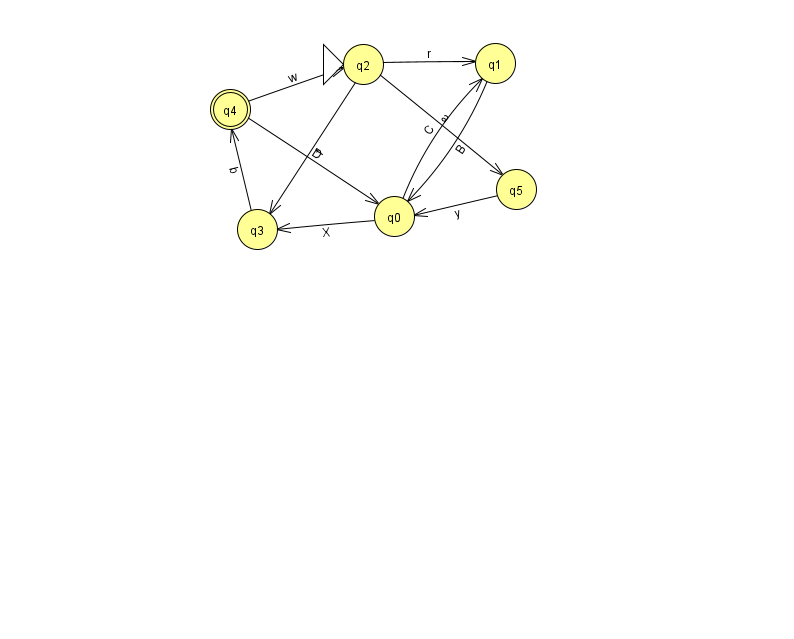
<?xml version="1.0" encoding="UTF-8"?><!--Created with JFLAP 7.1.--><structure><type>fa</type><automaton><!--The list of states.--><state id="0" name="q0"><x>394.0</x><y>203.0</y></state><state id="1" name="q1"><x>495.0</x><y>50.0</y></state><state id="2" name="q2"><x>363.0</x><y>51.0</y><initial/></state><state id="3" name="q3"><x>257.0</x><y>216.0</y></state><state id="4" name="q4"><x>230.0</x><y>96.0</y><final/></state><state id="5" name="q5"><x>516.0</x><y>176.0</y></state><!--The list of transitions.--><transition><from>0</from><to>3</to><read>X</read></transition><transition><from>2</from><to>5</to><read>a</read></transition><transition><from>3</from><to>4</to><read>b</read></transition><transition><from>2</from><to>1</to><read>r</read></transition><transition><from>2</from><to>3</to><read>f</read></transition><transition><from>4</from><to>0</to><read>D</read></transition><transition><from>4</from><to>2</to><read>w</read></transition><transition><from>0</from><to>1</to><read>C</read></transition><transition><from>1</from><to>0</to><read>B</read></transition><transition><from>5</from><to>0</to><read>y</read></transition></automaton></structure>